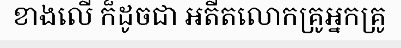
ខាងលើ ក៏ដូចជា អតីតលោកគ្រូអ្នកគ្រូ